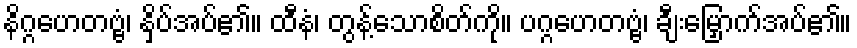
နိဂ္ဂဟေတဗ္ဗံ၊ နှိပ်အပ်၏။ ထီနံ၊ တွန့်သောစိတ်ကို။ ပဂ္ဂဟေတဗ္ဗံ၊ ချီးမြှောက်အပ်၏။